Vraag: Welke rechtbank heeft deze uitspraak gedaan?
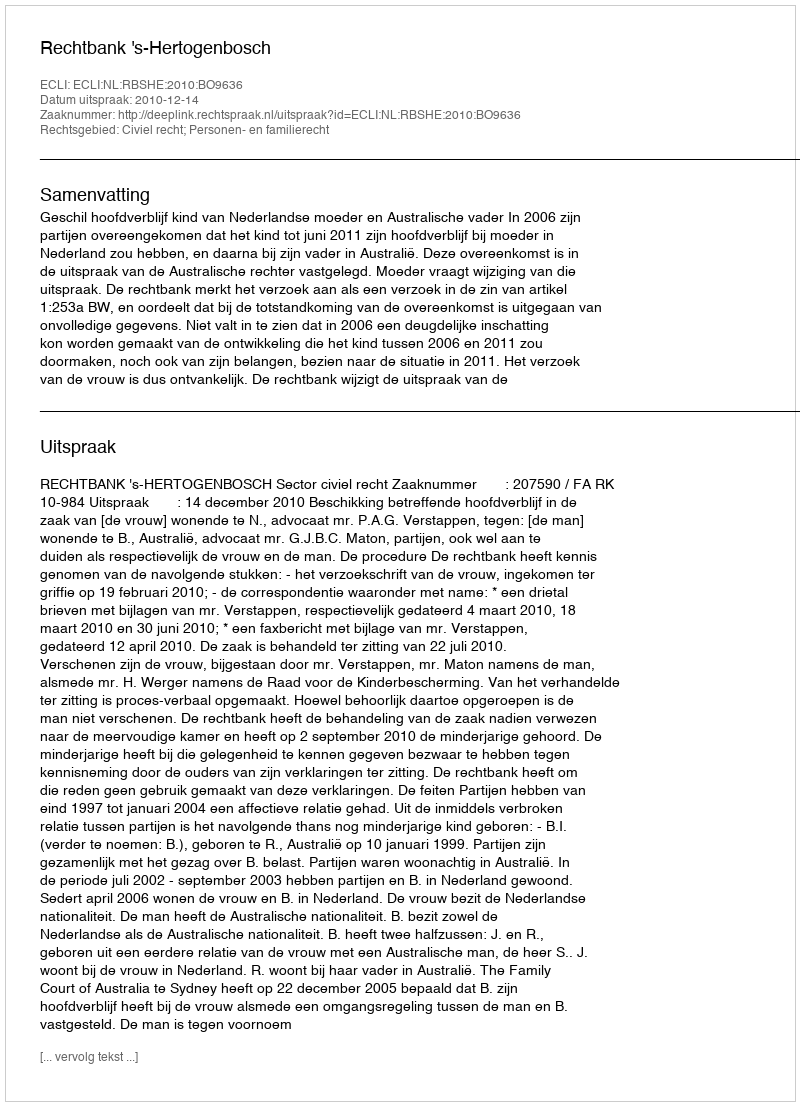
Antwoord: Rechtbank 's-Hertogenbosch